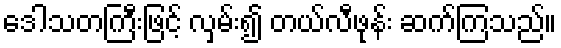
ဒေါသတကြီးဖြင့် လှမ်း၍ တယ်လီဖုန်း ဆက်ကြသည်။